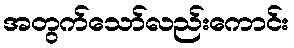
အတွက်သော်လည်းကောင်း